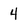
Character: 4